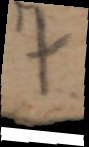
7